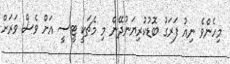
މިހެންވެ ނިއު ފަރަގު ބޮޑުކުރިޔަނުދޭން މި މެޗަކީ ޓީސީ އަށް ވެސް ވަރަށް